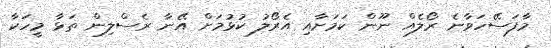
މާފަސޭހަވާނެ ރޯލެއް ނޫން ކަމަށާއި އެރޯލު ކުޅުމަށް އޭނާ ރެސްލިން ތަޅާ މީހަކާ